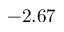
- 2 . 6 7